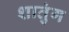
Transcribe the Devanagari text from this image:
शातुंग